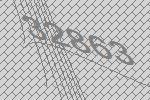
32863